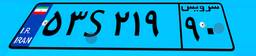
۵۳S۲۱۹۹۰